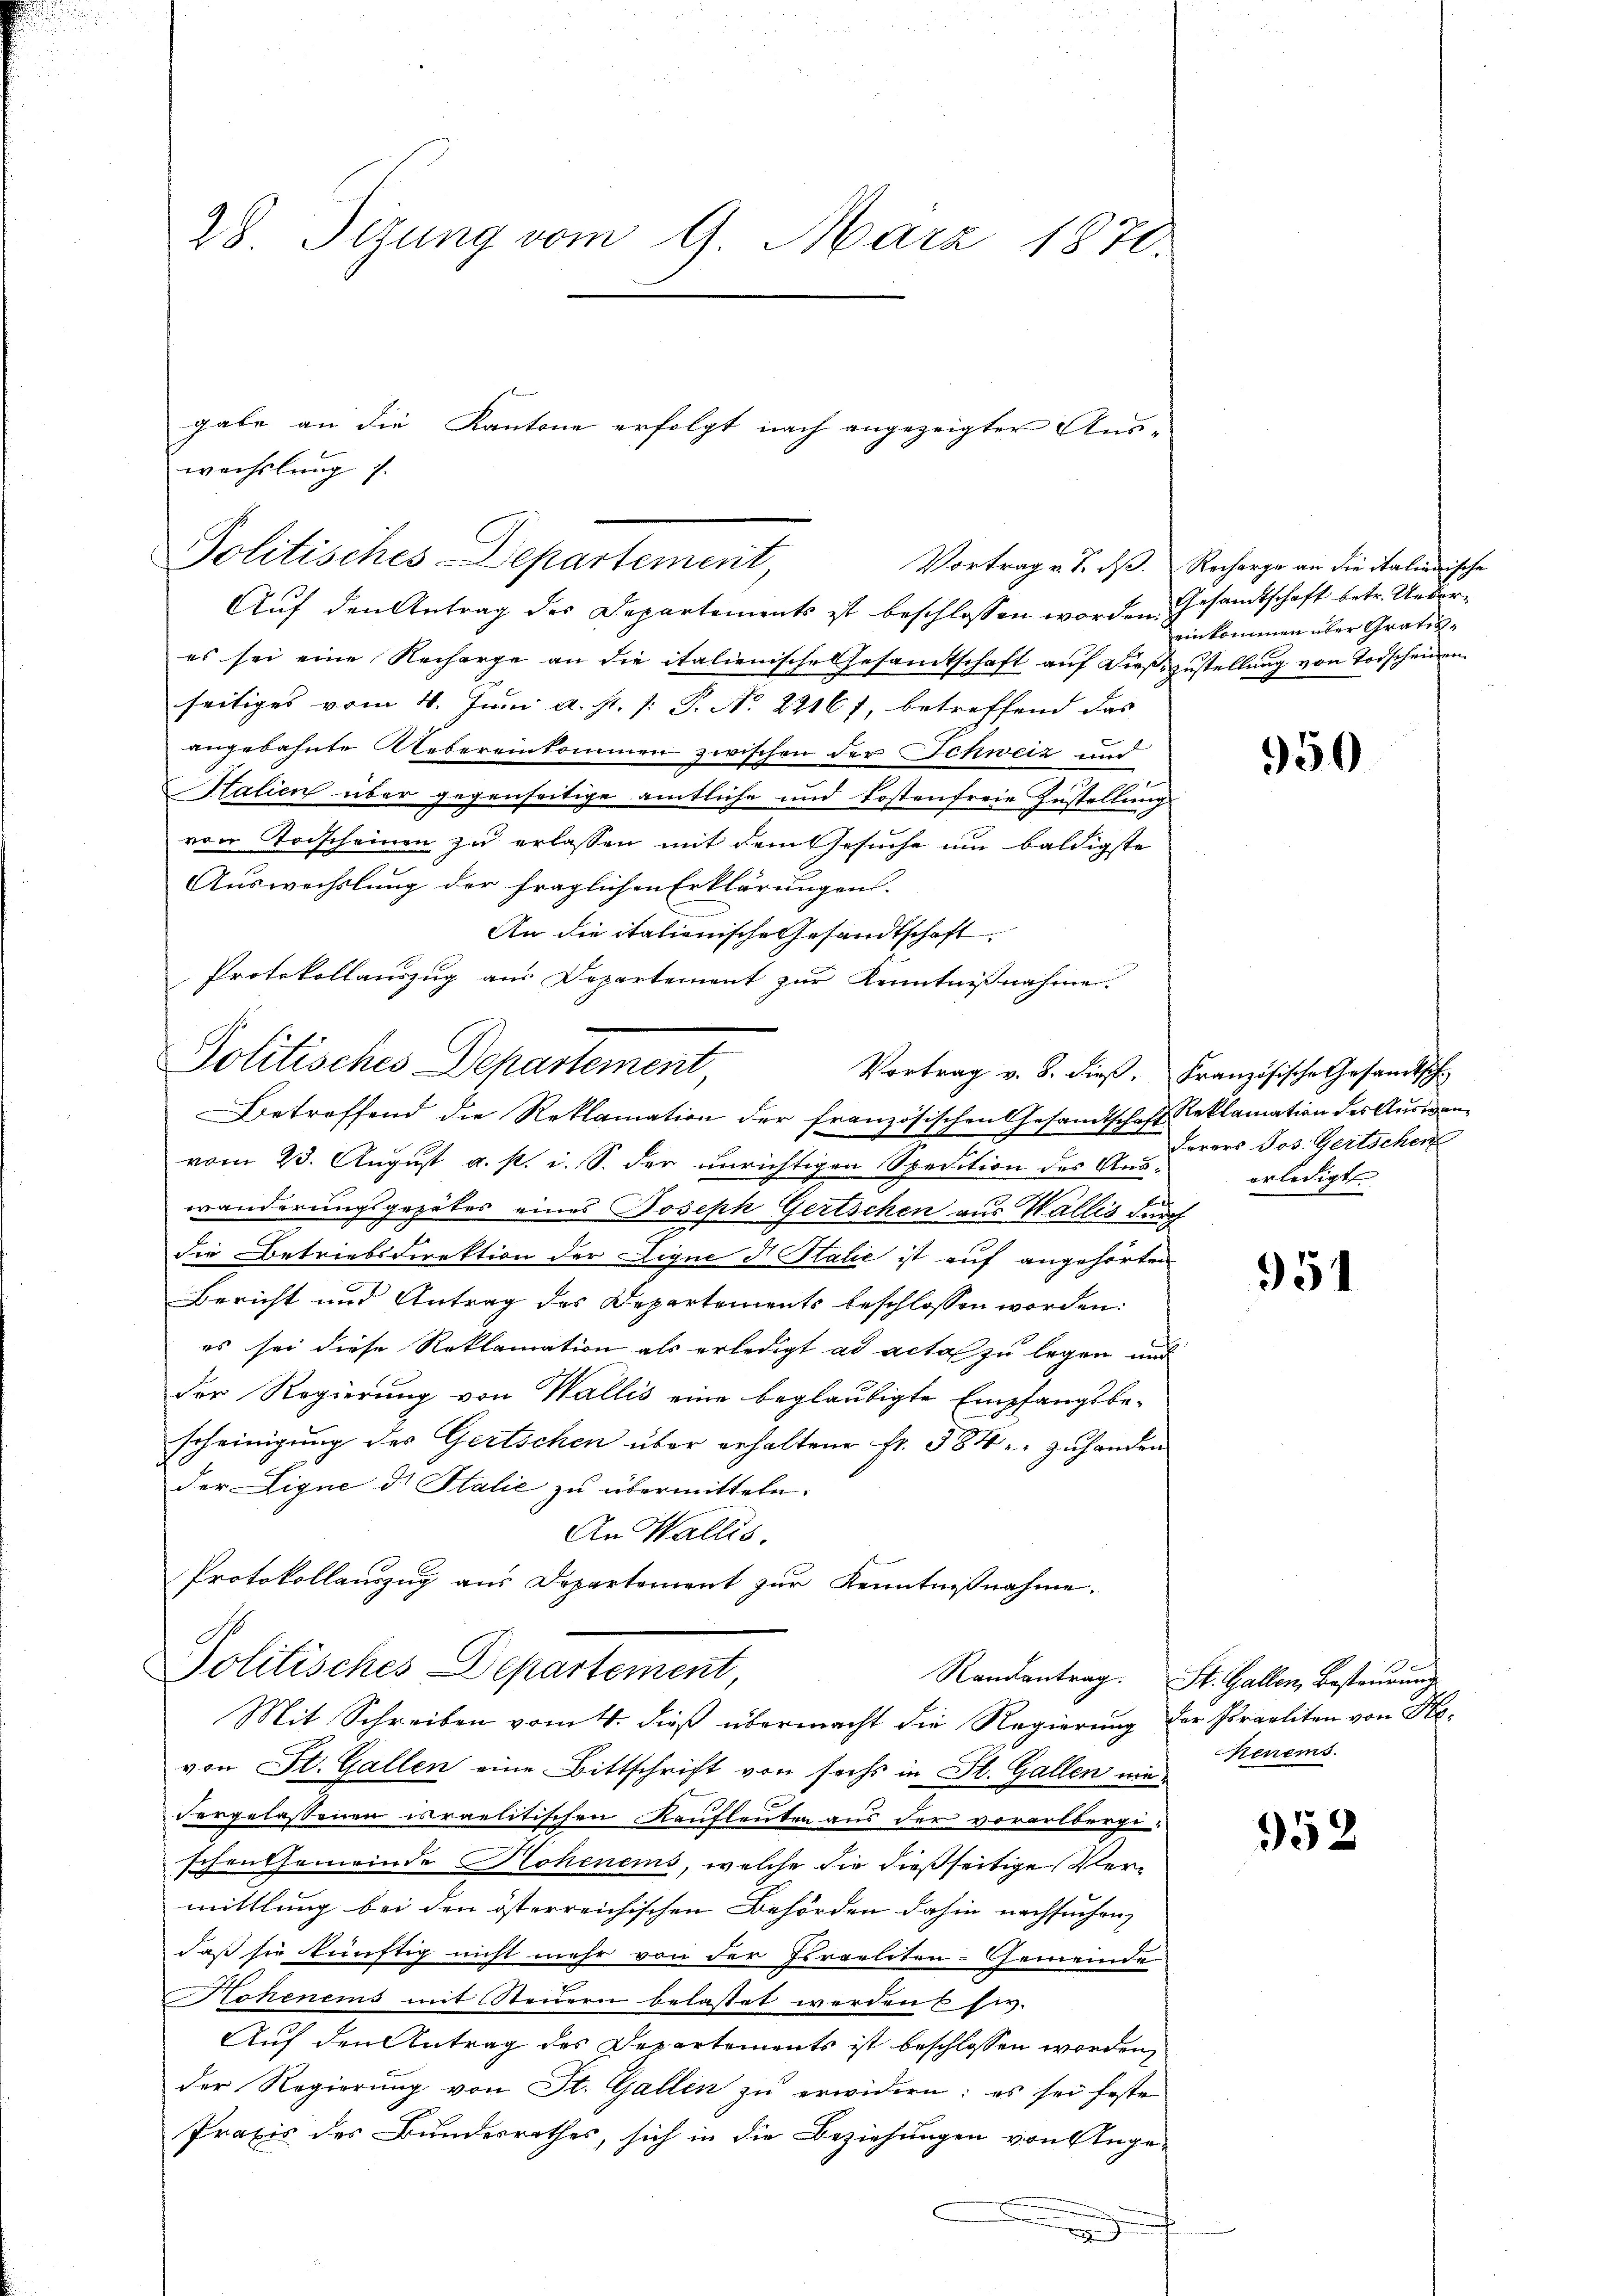
28. Sizung vom 9. März 1870.

Auf den Antrag des Departements ist beschlossen worden Gesandtschaft betr. Ueberes sei eine Recharge an die italienische Gesandtschaft auf dieß zustellung von Todscheinen
seitiges vom 4. Juni a. s. [: P. Nr. 2216), betreffend das |
angebahnte Uebereinkommen zwischen der Schweiz und
Stalien über gegenseitige amtliche und Kostenfreie Zustellung
von Todscheinen zu erlassen mit dem Gesuche um baldigste
Auswechslung der fraglichen Erklärungen.
An die italienische Gesandtschaft
Protokollauszug aus Dopartement zur Kenntnißnahme.

wechslung s.
Politisches Departement,

Politisches Departement,
Vortrag v. 8. dieß. Französische Gesandtsch

Betreffend die Reklamation der französischen Gesamtschaft Reklamation des Auswanvom 23. August a. p. i. S. der unrichtigen Spedition des Auswänderungsgegebes eines Joseph Gertschen aus Wallis durch
die Betriebsdirektion der Lique d Stalie ist auf angehörten
Bericht und Antrag des Departements beschlossen worden:
es sei diese Reklamation als erledigt ad acta zu legen und
der Regierung von Wallis eine beglaubigte Empfangsbescheinigung des Gertschen über erhaltene Fr. 584 zuhanden
der Ligne di Italie zu übermitteln.
An Wallis.
Protokollauszug aus Departement zur Kenntnißnahme.
Politisches Departement,
Mit Schreiben vom 4. dieβ übermacht die Regierŭng der Israeliten von He
von St. Gallen eine Bittschrift von sechs in St. Gallen um Herrems.
vorgelassenen irraelitischen Kaufleuten aus der vorarlbergi
schenthemeinde Hohenems, welche sie dießseitige Vermittlung bei den österreichischen Behörden dahin nachsuchen,
daß sie künftig nicht mehr von der Israeliten-Gemeinde
Hohenems mit Steuern belastet werden 6 Ew.
Auf den Antrag des Departements ist beschlossen worden,
der Regierung von St. Gallen zu erwidern: es sei feste
Praxis des Bundesrathes, sich in die Beziehungen von Ange¬
.

gabe an die Kantone erfolgt nach angezeigter An-

Randantrag. St. Gallen, Bastaurung

Vortrag v. J. dß. Recharge an die italienische
einkommen über Grati¬

950

Forers Jos. Gertschen
erledigt

951

952